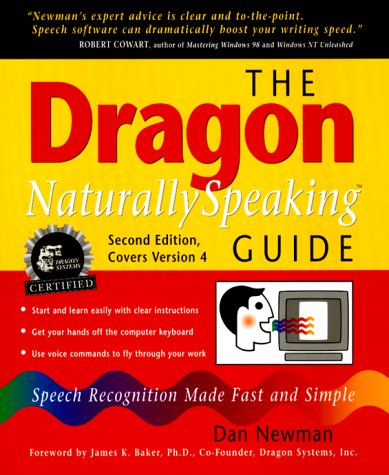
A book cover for The Dragon NaturallySpeaking Guide: Speech Recognition Made Fast and Simple; Dan Newman; Computers & Technology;